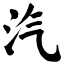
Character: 汽